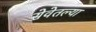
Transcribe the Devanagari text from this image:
सेवेतल्या